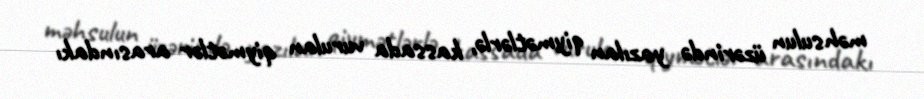
məhsulun üzərində yazılan qiymətlərlə, kassada vurulan qiymətlər arasındakı